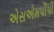
એસએમપીપી